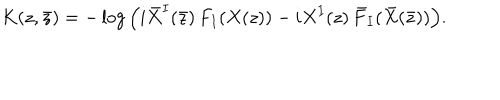
LaTeX: K ( z , \bar { z } ) = - \log \Big ( i \bar { X } ^ { I } ( \bar { z } ) \, F _ { I } ( X ( z ) ) - i X ^ { I } ( z ) \, \bar { F } _ { I } ( \bar { X } ( \bar { z } ) ) \Big ) .